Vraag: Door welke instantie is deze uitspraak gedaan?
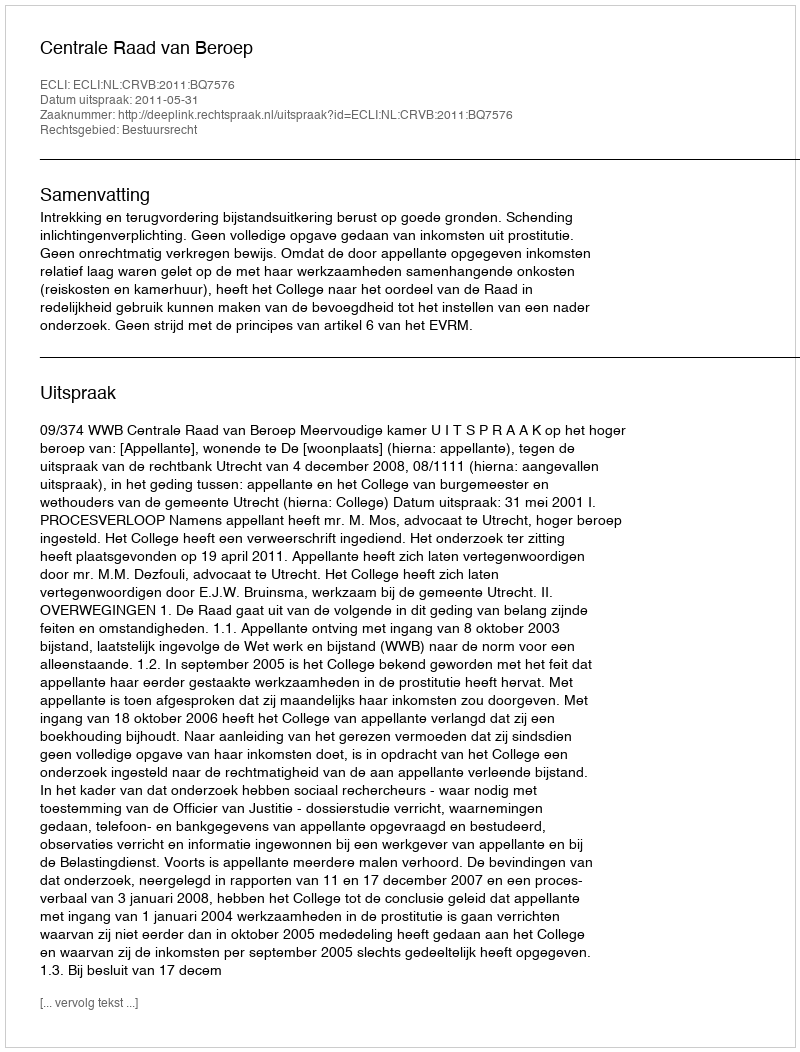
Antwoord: Centrale Raad van Beroep